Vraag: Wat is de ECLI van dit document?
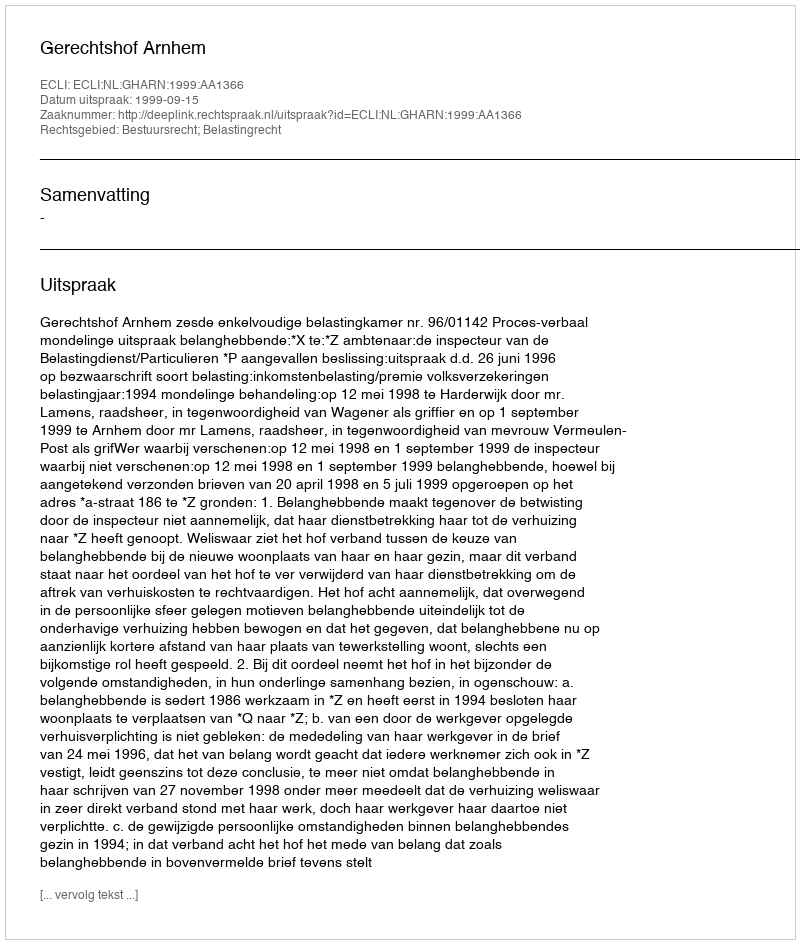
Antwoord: ECLI:NL:GHARN:1999:AA1366